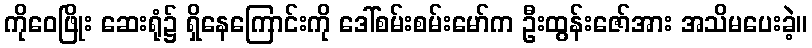
ကိုဝေဖြိုး ဆေးရုံ၌ ရှိနေကြောင်းကို ဒေါ်စမ်းစမ်းမော်က ဦးထွန်းဇော်အား အသိမပေးခဲ့။